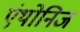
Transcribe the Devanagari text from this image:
एंथोनिज